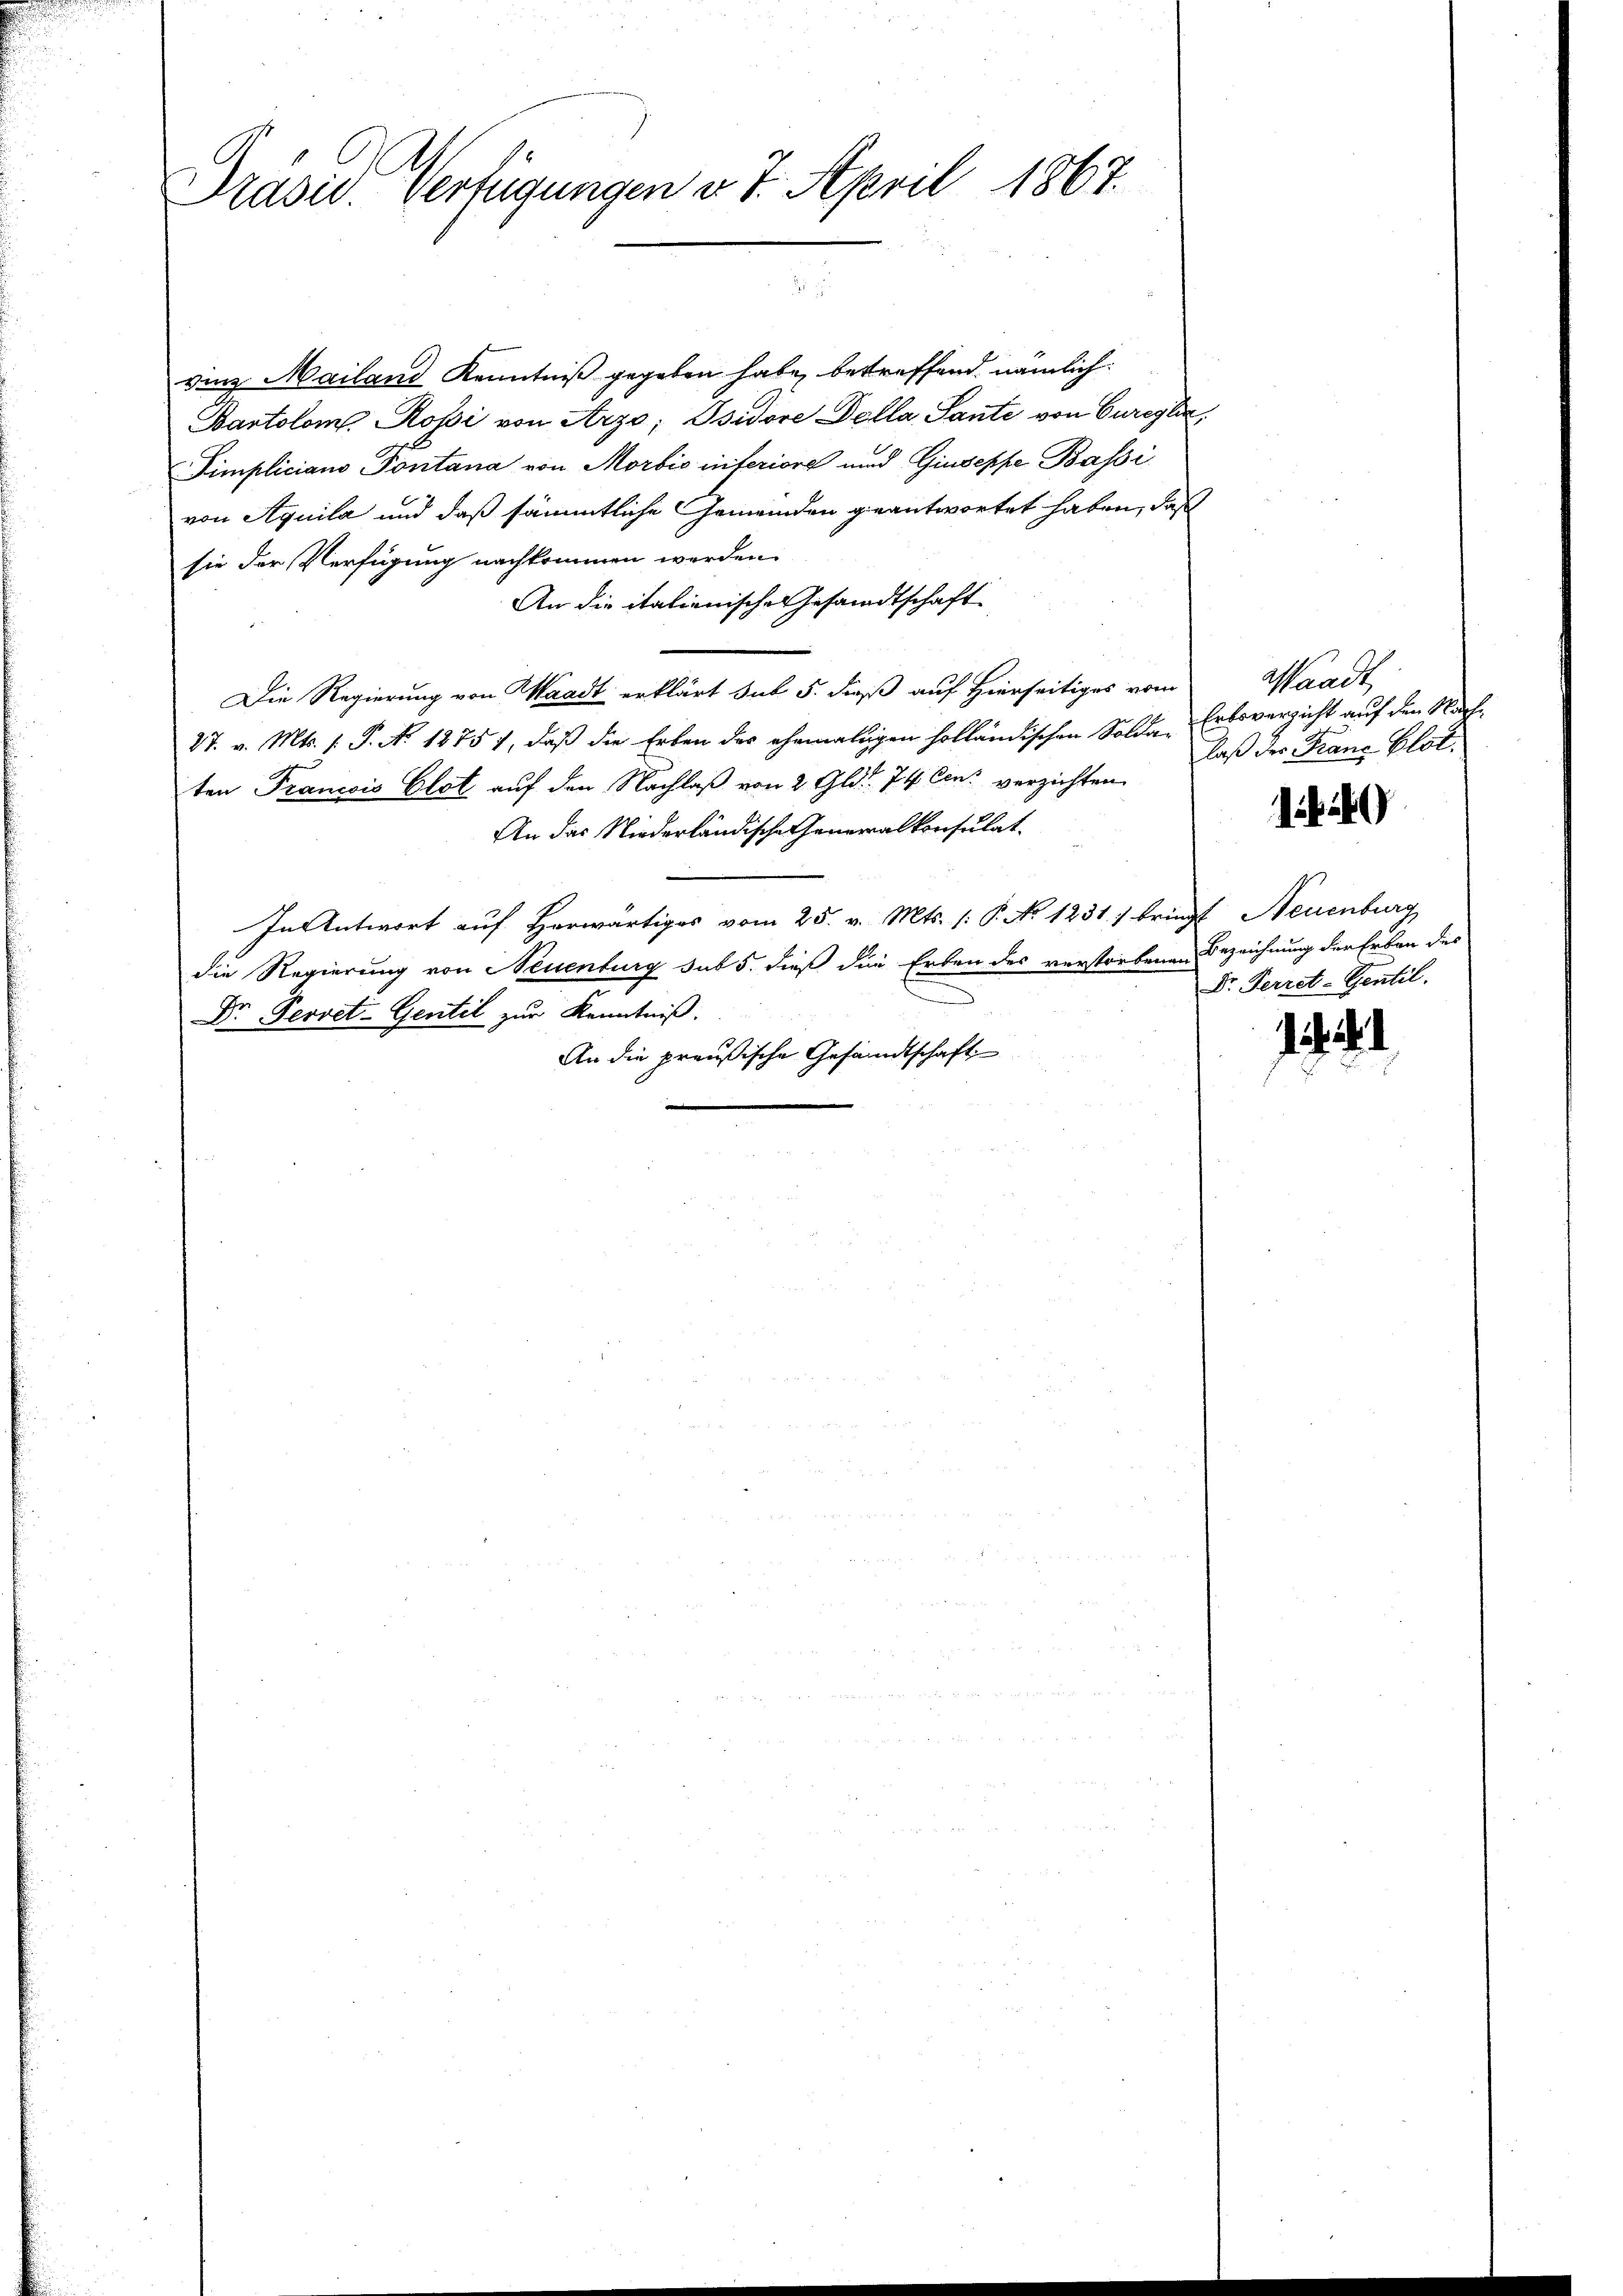
Präsid. Verfügungen v. 7. April 1867

ving Mailand Kenntniß gegeben habe, betreffend nämlich
Bartolom. Rossi von Arzo; Isidore Dolla Sante von Curegler
Simplicians Pontana von Morbić inferiore und Giuseppe Bassi
von Aquila und daß sämmtliche Gemeinden geantwortet haben, daß
sie der Verfügung nachkommen werden.
An die italienisches Gesandtschaft
Die Regierung von Waadt erklärt sub 5. dieß auf Hierseitiges vom
27. v. Mts. 1. P. N. 1875 1, daß die Erben der ehemaligen holländischen Solda- Erbsverzicht auf den Nachten Francois Clot auf den Nachlaß von 2 Gld. 74 Ccn. verzichten
An das Niederländische Generalkonsulat.
In Antwort auf Herwärtiges vom 25. v. Mts. (: P. No 1231.) bringt Neuenburg
die Regierung von Neuenburg sub 5. dieß die Erben des verstorbenen Bezeichnung der Erben des
Dr. Pervet-Gentel zur Kenntniß.
An die preußische Gesandtschaft

Waadt,
laß der Franz Plot.

Dr. Ferret-Gentil.

1